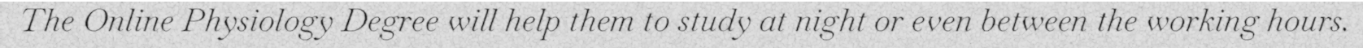
The Online Physiology Degree will help them to study at night or even between the working hours.